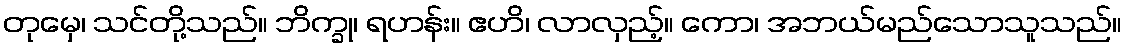
တုမှေ၊ သင်တို့သည်။ ဘိက္ခု၊ ရဟန်း။ ဧဟိ၊ လာလှည့်။ ကော၊ အဘယ်မည်သောသူသည်။